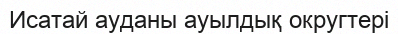
Исатай ауданы ауылдық округтері